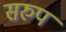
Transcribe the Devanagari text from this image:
सरुप